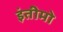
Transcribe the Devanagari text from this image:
इंतीमो